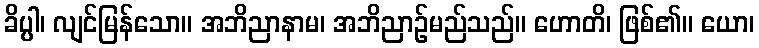
ခိပ္ပါ၊ လျင်မြန်သော။ အဘိညာနာမ၊ အဘိညာဉ်မည်သည်။ ဟောတိ၊ ဖြစ်၏။ ယော၊